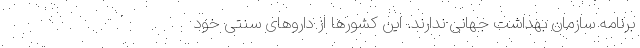
برنامه سازمان بهداشت جهانی ندارند. این کشورها از داروهای سنتی خود